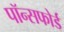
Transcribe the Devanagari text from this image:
पॉन्सफोर्ड